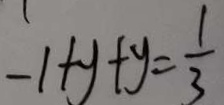
- 1 + y + y = \frac { 1 } { 3 }